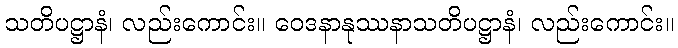
သတိပဋ္ဌာနံ၊ လည်းကောင်း။ ဝေဒနာနုဿနာသတိပဋ္ဌာနံ၊ လည်းကောင်း။